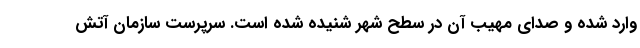
وارد شده و صدای مهیب آن در سطح شهر شنیده شده است. سرپرست سازمان آتش